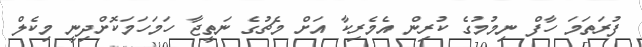
ފުރަތަމަ ހާފް ނިމުމުގެ ކުރިން އެމެރިކާ އަށް މެޗުގެ ނަތީޖާ ހަމަހަމަކޮށްދިނީ މިކެލް